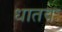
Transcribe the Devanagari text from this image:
धातवः